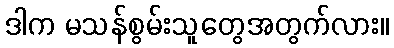
ဒါက မသန်စွမ်းသူတွေအတွက်လား။